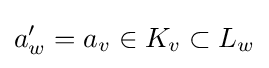
a'_{w}=a_{v}\in K_{v}\subset L_{w}